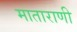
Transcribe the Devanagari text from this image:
माताराणी